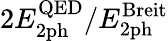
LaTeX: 2E_{\mathrm{2ph}}^{\mathrm{QED}}/E_{\mathrm{2ph}}^{\mathrm{Breit}}